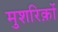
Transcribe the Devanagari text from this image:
मुशरिक़ों